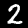
Digit: 2